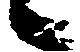
候